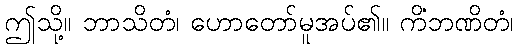
ဤသို့။ ဘာသိတံ၊ ဟောတော်မူအပ်၏။ ကိံဘဏိတံ၊